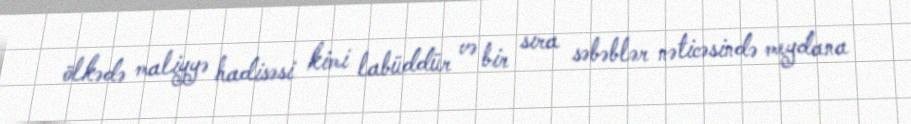
ölkədə maliyyə hadisəsi kimi labüddür və bir sıra səbəblər nəticəsində meydana